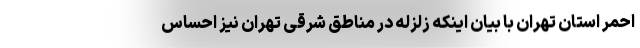
احمر استان تهران با بیان اینکه زلزله در مناطق شرقی تهران نیز احساس